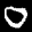
Label: 0